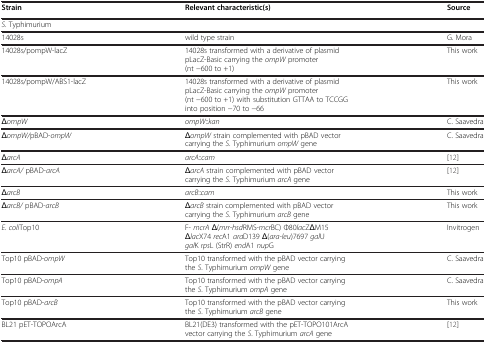
<table><thead><tr><td><b>Strain</b></td><td><b>Relevant characteristic(s)</b></td><td><b>Source</b></td></tr></thead><tbody><tr><td><i>S</i>. Typhimurium</td><td> </td><td> </td></tr><tr><td>14028s</td><td>wild type strain</td><td>G. Mora</td></tr><tr><td>14028s/pompW-lacZ</td><td>14028s transformed with a derivative of plasmid pLacZ-Basic carrying the <i>ompW</i> promoter (nt −600 to +1)</td><td>This work</td></tr><tr><td>14028s/pompW/ABS1-lacZ</td><td>14028s transformed with a derivative of plasmid pLacZ-Basic carrying the <i>ompW</i> promoter (nt −600 to +1) with substitution GTTAA to TCCGG into position −70 to −66</td><td>This work</td></tr><tr><td>Δ<i>ompW</i></td><td><i>ompW</i>::<i>kan</i></td><td>C. Saavedra</td></tr><tr><td>Δ<i>ompW/</i>pBAD-<i>ompW</i></td><td>Δ<i>ompW</i> strain complemented with pBAD vector carrying the <i>S</i>. Typhimurium <i>ompW</i> gene</td><td>C. Saavedra</td></tr><tr><td>Δ<i>arcA</i></td><td><i>arcA</i>::<i>cam</i></td><td>[12]</td></tr><tr><td>Δ<i>arcA/</i> pBAD-<i>arcA</i></td><td>Δ<i>arcA</i> strain complemented with pBAD vector carrying the <i>S</i>. Typhimurium <i>arcA</i> gene</td><td>[12]</td></tr><tr><td>Δ<i>arcB</i></td><td><i>arcB</i>::<i>cam</i></td><td>This work</td></tr><tr><td>Δ<i>arcB/</i> pBAD-<i>arcB</i></td><td>Δ<i>arcB</i> strain complemented with pBAD vector carrying the <i>S</i>. Typhimurium <i>arcB</i> gene</td><td>This work</td></tr><tr><td><i>E. coli</i>Top10</td><td>F- <i>mcrA</i> Δ(<i>mrr-hsd</i>RMS-<i>mcr</i>BC) Φ80<i>lac</i>ZΔM15 Δ<i>lac</i>Χ74 <i>rec</i>A1 <i>ara</i>D139 Δ(<i>ara-leu</i>)7697 <i>gal</i>U <i>gal</i>K <i>rps</i>L (StrR) <i>end</i>A1 <i>nup</i>G</td><td>Invitrogen</td></tr><tr><td>Top10 pBAD-<i>ompW</i></td><td>Top10 transformed with the pBAD vector carrying the <i>S</i>. Typhimurium <i>ompW</i> gene</td><td>C. Saavedra</td></tr><tr><td>Top10 pBAD-<i>ompA</i></td><td>Top10 transformed with the pBAD vector carrying the <i>S</i>. Typhimurium <i>ompA</i> gene</td><td>C. Saavedra</td></tr><tr><td>Top10 pBAD-<i>arcB</i></td><td>Top10 transformed with the pBAD vector carrying the <i>S</i>. Typhimurium <i>arcB</i> gene</td><td>This work</td></tr><tr><td>BL21 pET-TOPOArcA</td><td>BL21(DE3) transformed with the pET-TOPO101ArcA vector carrying the <i>S</i>. Typhimurium <i>arcA</i> gene</td><td>[12]</td></tr></tbody></table>